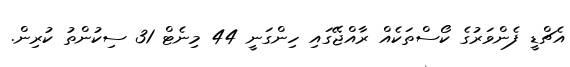
އެޗްޑީ ފެންވަރުގެ ކޯސްތަކެއް ރާއްޖޭގައި ހިންގަނީ 44 މިނެޓް 31 ސިކުންތު ކުރިން.